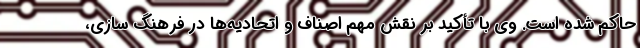
حاکم شده است. وی با تأکید بر نقش مهم اصناف و اتحادیه‌ها در فرهنگ سازی،